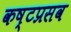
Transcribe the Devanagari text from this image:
कष्टप्रसव